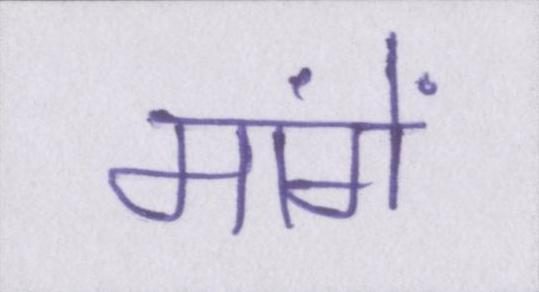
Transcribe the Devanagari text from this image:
मांगें